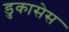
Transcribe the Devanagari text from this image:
डुकासेस